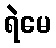
ရဲမေ